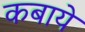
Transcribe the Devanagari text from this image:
कबाये